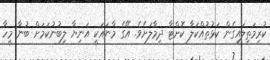
ކުރިމަތިލައިގެން ކަޅުތުއްކަލާ ކޮށްޓާ ދިމާލަށެވެ. އޭގެ މާނައަކީ އަނިޔާ ލިބުނުކަމަށް ބުނާ މީހާ